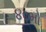
૪૦મો